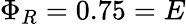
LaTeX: \Phi_{R}=0.75=E